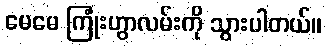
မေမေ ကြုံးဟွာလမ်းကို သွားပါတယ်။